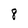
Character: 8